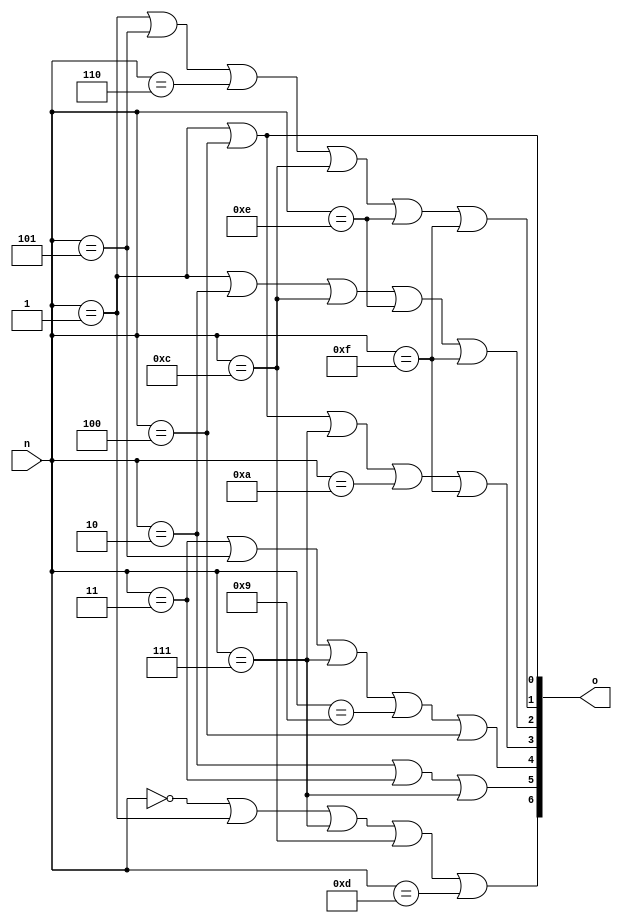
module seg7(input [3:0] n, output [6:0] o);
  
  assign o[0] = (n == 4'h1 || n == 4'h4);
  assign o[1] = (n == 4'h1 || n == 4'h5 || n == 4'h6 
                  || n == 4'hc || n == 4'he || n == 4'hf);
  assign o[2] = (n == 4'h1 || n == 4'h2 || n == 4'hc
                  || n == 4'he || n == 4'hf);
  assign o[3] = (n == 4'h1 || n == 4'h4 || n == 4'h7
                  || n == 4'ha || n == 4'hf);
  assign o[4] = (n == 4'h3 || n == 4'h5 || n == 4'h7
                  || n == 4'h9 || n == 4'h4);
  assign o[5] = (n == 4'h2 || n == 4'h3 || n == 4'h7);
  assign o[6] = (n == 4'h0 || n == 4'h1 || n == 4'h7
                  || n == 4'hc || n == 4'hd);
  
endmodule